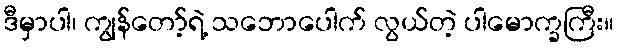
ဒီမှာပါ၊ ကျွန်တော့်ရဲ့ သဘောပေါက် လွယ်တဲ့ ပါမောက္ခကြီး။